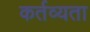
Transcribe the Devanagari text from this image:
कर्तव्यता